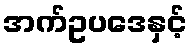
အက်ဥပဒေနှင့်